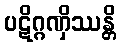
ပဋိဂ္ဂဏှိဿန္တိ